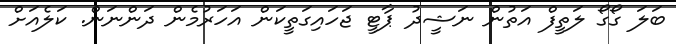
ބަލަ ގޯގޯ ލަތީފް އަތުން ނަޝީދު ޕާޓީ ޖަހައިގަތީކަން އަހަރުމެން ދަންނަން. ކަލެއަށް